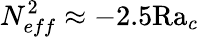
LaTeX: N_{eff}^{2}\approx-2.5\textrm{Ra}_{c}